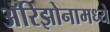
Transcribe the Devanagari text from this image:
अॅरिझोनामध्ये